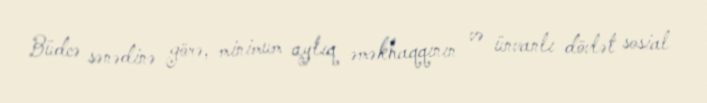
Büdcə sənədinə görə, minimum aylıq əməkhaqqının və ünvanlı dövlət sosial